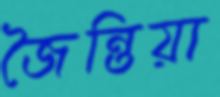
জৈন্তিয়া